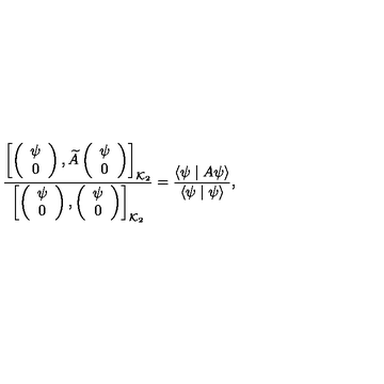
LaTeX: \frac { \left[ \left( \begin{array} { c } { \psi } \\ { 0 } \\ \end{array} \right) , \widetilde { A } \left( \begin{array} { c } { \psi } \\ { 0 } \\ \end{array} \right) \right] _ { { \cal K } _ { 2 } } } { \left[ \left( \begin{array} { c } { \psi } \\ { 0 } \\ \end{array} \right) , \left( \begin{array} { c } { \psi } \\ { 0 } \\ \end{array} \right) \right] _ { { \cal K } _ { 2 } } } = \frac { \langle \psi \mid A \psi \rangle } { \langle \psi \mid \psi \rangle } ,